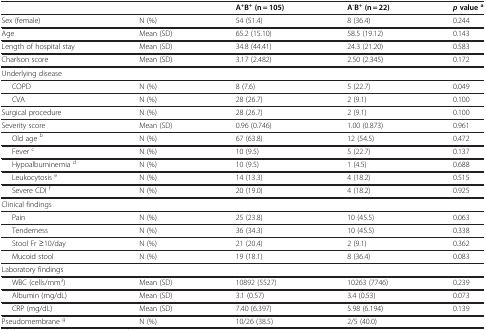
<table><thead><tr><td><b> </b></td><td><b> </b></td><td><b>A<sup>+</sup>B<sup>+</sup> (n = 105)</b></td><td><b>A<sup>-</sup>B<sup>+</sup> (n = 22)</b></td><td><b><i>p</i> value <sup>a</sup></b></td></tr></thead><tbody><tr><td>Sex (female)</td><td>N (%)</td><td>54 (51.4)</td><td>8 (36.4)</td><td>0.244</td></tr><tr><td>Age</td><td>Mean (SD)</td><td>65.2 (15.10)</td><td>58.5 (19.12)</td><td>0.143</td></tr><tr><td>Length of hospital stay</td><td>Mean (SD)</td><td>34.8 (44.41)</td><td>24.3 (21.20)</td><td>0.583</td></tr><tr><td>Charlson score</td><td>Mean (SD)</td><td>3.17 (2.482)</td><td>2.50 (2.345)</td><td>0.172</td></tr><tr><td colspan="5">Underlying disease</td></tr><tr><td>COPD</td><td>N (%)</td><td>8 (7.6)</td><td>5 (22.7)</td><td>0.049</td></tr><tr><td>CVA</td><td>N (%)</td><td>28 (26.7)</td><td>2 (9.1)</td><td>0.100</td></tr><tr><td>Surgical procedure</td><td>N (%)</td><td>28 (26.7)</td><td>2 (9.1)</td><td>0.100</td></tr><tr><td>Severity score</td><td>Mean (SD)</td><td>0.96 (0.746)</td><td>1.00 (0.873)</td><td>0.961</td></tr><tr><td>Old age <sup>b</sup></td><td>N (%)</td><td>67 (63.8)</td><td>12 (54.5)</td><td>0.472</td></tr><tr><td>Fever <sup>c</sup></td><td>N (%)</td><td>10 (9.5)</td><td>5 (22.7)</td><td>0.137</td></tr><tr><td>Hypoalbuminemia <sup>d</sup></td><td>N (%)</td><td>10 (9.5)</td><td>1 (4.5)</td><td>0.688</td></tr><tr><td>Leukocytosis <sup>e</sup></td><td>N (%)</td><td>14 (13.3)</td><td>4 (18.2)</td><td>0.515</td></tr><tr><td>Severe CDI <sup>f</sup></td><td>N (%)</td><td>20 (19.0)</td><td>4 (18.2)</td><td>0.925</td></tr><tr><td colspan="5">Clinical findings</td></tr><tr><td>Pain</td><td>N (%)</td><td>25 (23.8)</td><td>10 (45.5)</td><td>0.063</td></tr><tr><td>Tenderness</td><td>N (%)</td><td>36 (34.3)</td><td>10 (45.5)</td><td>0.338</td></tr><tr><td>Stool Fr ≥10/day</td><td>N (%)</td><td>21 (20.4)</td><td>2 (9.1)</td><td>0.362</td></tr><tr><td>Mucoid stool</td><td>N (%)</td><td>19 (18.1)</td><td>8 (36.4)</td><td>0.083</td></tr><tr><td colspan="5">Laboratory findings</td></tr><tr><td>WBC (cells/mm<sup>3</sup>)</td><td>Mean (SD)</td><td>10892 (5527)</td><td>10263 (7746)</td><td>0.239</td></tr><tr><td>Albumin (mg/dL)</td><td>Mean (SD)</td><td>3.1 (0.57)</td><td>3.4 (0.53)</td><td>0.073</td></tr><tr><td>CRP (mg/dL)</td><td>Mean (SD)</td><td>7.40 (6.397)</td><td>5.98 (6.194)</td><td>0.139</td></tr><tr><td>Pseudomembrane <sup>g</sup></td><td>N (%)</td><td>10/26 (38.5)</td><td>2/5 (40.0)</td><td> </td></tr></tbody></table>